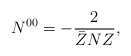
\begin{align*}N^{00} = - \frac{2}{\bar Z N Z},\end{align*}